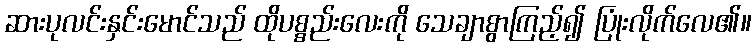
ဆားပုလင်းနှင်းမောင်သည် ထိုပစ္စည်းလေးကို သေချာစွာကြည့်၍ ပြုံးလိုက်လေ၏။